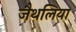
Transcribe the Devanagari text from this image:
जैथलिया